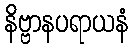
နိဗ္ဗာနပရာယနံ